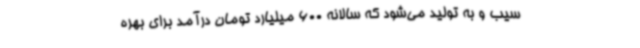
سیب و به تولید می‌شود که سالانه 600 میلیارد تومان درآمد برای بهره